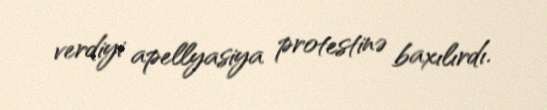
verdiyi apellyasiya protestinə baxılırdı.